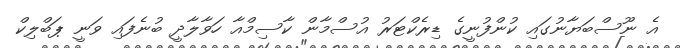
އެ ނޫސްބަޔާނުގައި ކުންފުނީގެ ޑިރެކްޓަރު އުސްމާން ކާސިމްއާ ހަވާލާދީ ބުނެފައި ވަނީ ޕަބްލިކް